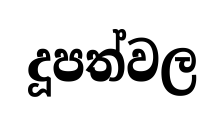
දූපත්වල